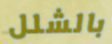
بالشلل